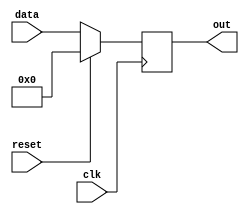
module simple_register #(parameter W=32)(clk, reset, data, out);
	input clk;
	input wire [(W-1):0] data;
	input wire reset;
	output reg [(W-1):0] out;
	
	always @(posedge clk)
		out = (reset==1) ? 0 : data;
endmodule